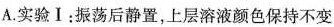
A.实验Ⅰ：振荡后静置，上层溶液颜色保持不变